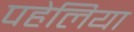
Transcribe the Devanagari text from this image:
पहेलिया